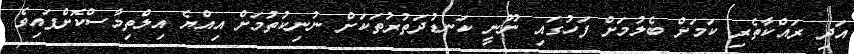
އަދި ރައްކާތެރި ކަމަށް ބެލުމަށް ފަހުގައި ނޫނީ ކަނޑުދަތުރުތަކަށް ނުނިކުތުމަށް އިއްޔެ އިލްތިމާސްކޮށްފައިވެ